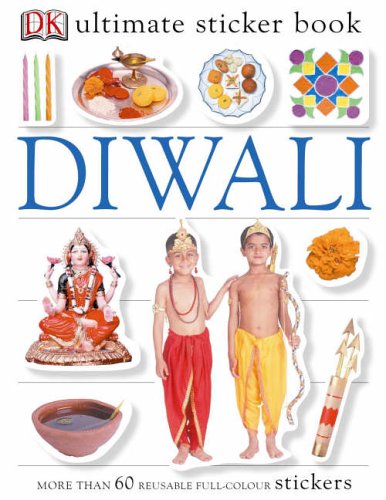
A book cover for Ultimate Diwali Sticker Book; Children's Books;